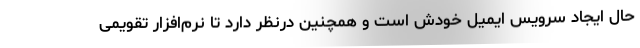
حال ایجاد سرویس ایمیل خودش است و همچنین درنظر دارد تا نرم‌افزار تقویمی